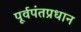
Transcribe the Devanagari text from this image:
पूर्वपंतप्रधान